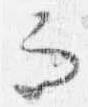
而